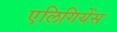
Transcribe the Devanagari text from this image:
एलिगियेंस